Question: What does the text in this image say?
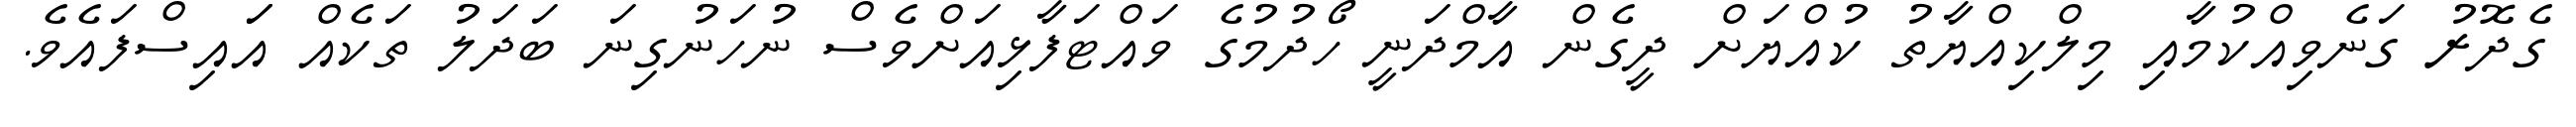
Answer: ގެދޮރު ގަނެވިއްކުމާއި މިލްކިއްޔާތު ކުއްޔަށް ދީގެން އާމްދަނީ ހޯދުމުގެ ވައްޓަފާޅިއަށްވެސް ނުހަނުގިނަ ބަދަލު ތަކެއް އަައިސްފައެވެ.